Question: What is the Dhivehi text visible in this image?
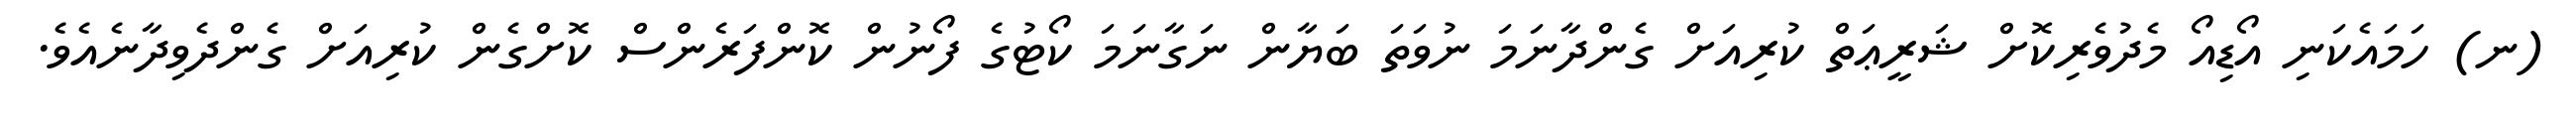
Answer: (ނ) ހަމައެކަނި އޯޑިއޯ މެދުވެރިކޮށް ޝަރީޢަތް ކުރިއަށް ގެންދާނަމަ ނުވަތަ ބަޔާން ނަގާނަމަ ކޯޓުގެ ފޯނުން ކޮންފަރެންސް ކޮށްގެން ކުރިއަށް ގެންދެވިދާނެއެވެ.